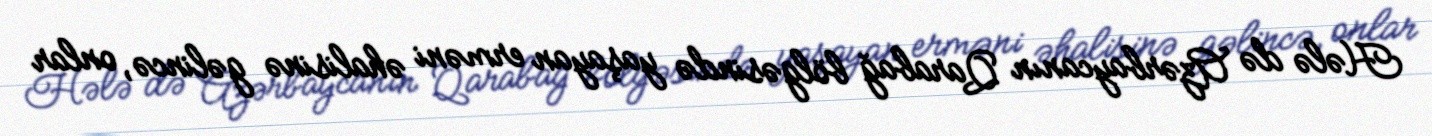
Hələ də Azərbaycanın Qarabağ bölgəsində yaşayan erməni əhalisinə gəlincə, onlar